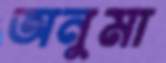
অনুমা